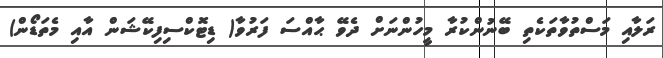
ރަލާއި މަސްތުވާތަކެތި ބޭނުންކުރާ މީހުންނަށް ދެވޭ ޙާއްސަ ފަރުވާ( ޑިޓޮކްސިފިކޭޝަން އާއި މެތަޑޯން)